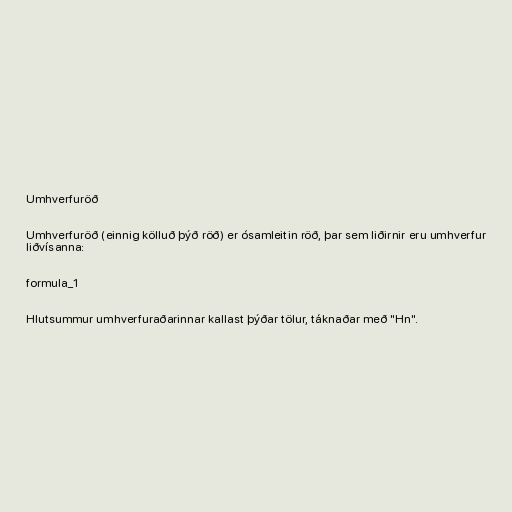
Umhverfuröð

Umhverfuröð (einnig kölluð þýð röð) er ósamleitin röð, þar sem liðirnir eru umhverfur
liðvísanna:

formula_1

Hlutsummur umhverfuraðarinnar kallast þýðar tölur, táknaðar með "Hn".